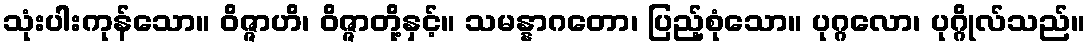
သုံးပါးကုန်သော။ ဝိဇ္ဇာဟိ၊ ဝိဇ္ဇာတို့နှင့်။ သမန္နာဂတော၊ ပြည့်စုံသော။ ပုဂ္ဂလော၊ ပုဂ္ဂိုလ်သည်။